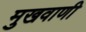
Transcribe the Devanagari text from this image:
मुखवाणी